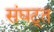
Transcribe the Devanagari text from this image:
संघट्त